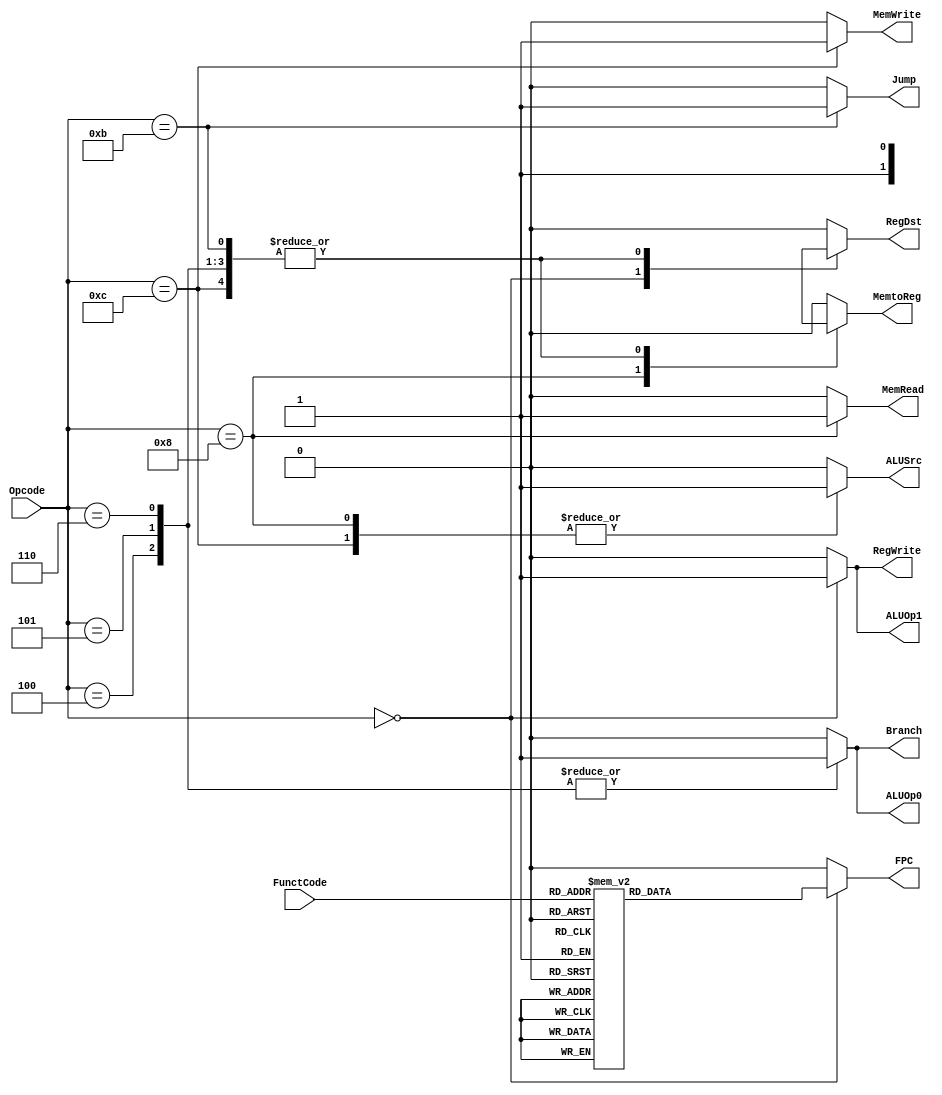
module controlUnit(Opcode, FunctCode, RegDst, ALUOp1, ALUOp0, ALUSrc, Branch, MemRead, MemWrite, Jump, RegWrite, MemtoReg, FPC);

//I/O ports
output RegDst, ALUOp1, ALUOp0, ALUSrc, Branch, MemRead, MemWrite, Jump, RegWrite, MemtoReg, FPC;
input [3:0] Opcode, FunctCode;

//output defined as register
reg RegDst, ALUOp1, ALUOp0, ALUSrc, Branch, MemRead, MemWrite, Jump, RegWrite, MemtoReg, FPC;

always @(*) //RegDst signal
begin
	case (Opcode)
		4'b0000: //Type A
		begin
			RegDst = 1'b1;
			ALUOp1 = 1'b1;
 			ALUOp0 = 1'b0;
			ALUSrc = 1'b0;
			Branch = 1'b0;
			MemRead = 1'b0;
			MemWrite = 1'b0;
			Jump = 1'b0;
			RegWrite = 1'b1;
			MemtoReg = 1'b0;
			case (FunctCode)
				4'b0000: FPC = 1'b0; //Signed Addition
				4'b0001: FPC = 1'b0; //Signed Subtraction
				4'b0010: FPC = 1'b1; //FPM
				4'b0100: FPC = 1'b0; //Signed Multiplication
				4'b0101: FPC = 1'b0; //Signed Division
				4'b1000: FPC = 1'b0; //Shift Left
				4'b1001: FPC = 1'b0; //Shift Right
				4'b1010: FPC = 1'b0; //Rotate Left
				4'b1011: FPC = 1'b0; //Rotate Right
				default: FPC = 1'b0;
		endcase	
		end
		4'b1000: //Load
		begin
 			RegDst = 1'b0; 
			ALUOp1 = 1'b0;
			ALUOp0 = 1'b0;
			ALUSrc = 1'b1;
			Branch = 1'b0;
			MemRead = 1'b1;
			MemWrite = 1'b0;
			Jump = 1'b0;
			RegWrite = 1'b0;
			MemtoReg = 1'b1;
			FPC = 1'b0;
		end
		4'b1100: //Store
 		begin
 			RegDst = 1'bx; 
			ALUOp1 = 1'b0;
			ALUOp0 = 1'b0;
			ALUSrc = 1'b1;
			Branch = 1'b0;
			MemRead = 1'b0;
			MemWrite = 1'b1;
			Jump = 1'b0;
			RegWrite = 1'b0;
			MemtoReg = 1'bx;
			FPC = 1'b0;
		end
		4'b0100: //BLT
		begin
 			RegDst = 1'bx; 
			ALUOp1 = 1'b0;
			ALUOp0 = 1'b1;
			ALUSrc = 1'b0;
			Branch = 1'b1;
			MemRead = 1'b0;
			MemWrite = 1'b0;
			Jump = 1'b0;
			RegWrite = 1'b0;
			MemtoReg = 1'bx;
			FPC = 1'b0;
		end
		4'b0101: //BGT 
		begin
 			RegDst = 1'bx; 
			ALUOp1 = 1'b0;
			ALUOp0 = 1'b1;
			ALUSrc = 1'b0;
			Branch = 1'b1;
			MemRead = 1'b0;
			MemWrite = 1'b0;
			Jump = 1'b0;
			RegWrite = 1'b0;
			MemtoReg = 1'bx;
			FPC = 1'b0;
		end
		4'b0110: //BEQ
		begin
 			RegDst = 1'bx; 
			ALUOp1 = 1'b0;
			ALUOp0 = 1'b1;
			ALUSrc = 1'b0;
			Branch = 1'b1;
			MemRead = 1'b0;
			MemWrite = 1'b0;
			Jump = 1'b0;
			RegWrite = 1'b0;
			MemtoReg = 1'bx;
			FPC = 1'b0;
		end
		4'b1011: //JMP
		begin
 			RegDst = 1'bx; 
			ALUOp1 = 1'b0;
			ALUOp0 = 1'b0;
			ALUSrc = 1'b0;
			Branch = 1'b0;
			MemRead = 1'b0;
			MemWrite = 1'b0;
			Jump = 1'b1;
			RegWrite = 1'b0;
			MemtoReg = 1'bx;
			FPC = 1'b0;
		end
		4'b1111: //Halt
		begin
 			RegDst = 1'b0; 
			ALUOp1 = 1'b0;
			ALUOp0 = 1'b0;
			ALUSrc = 1'b0;
			Branch = 1'b0;
			MemRead = 1'b0;
			MemWrite = 1'b0;
			Jump = 1'b0;
			RegWrite = 1'b0;
			MemtoReg = 1'b0;
			FPC = 1'b0;
		end
		4'b0111: //Stall from program
		begin
 			RegDst = 1'b0; 
			ALUOp1 = 1'b0;
			ALUOp0 = 1'b0;
			ALUSrc = 1'b0;
			Branch = 1'b0;
			MemRead = 1'b0;
			MemWrite = 1'b0;
			Jump = 1'b0;
			RegWrite = 1'b0;
			MemtoReg = 1'b0;
			FPC = 1'b0;
		end
		default: 
		begin
 			RegDst = 1'b0; 
			ALUOp1 = 1'b0;
			ALUOp0 = 1'b0;
			ALUSrc = 1'b0;
			Branch = 1'b0;
			MemRead = 1'b0;
			MemWrite = 1'b0;
			Jump = 1'b0;
			RegWrite = 1'b0;
			MemtoReg = 1'b0;
			FPC = 1'b0;
		end
	endcase
end
endmodule